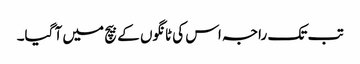
تب تک راجہ اس کی ٹانگوں کے بیچ میں آ گیا۔